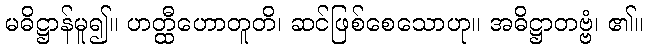
မဓိဋ္ဌာန်မူ၍။ ဟတ္ထီဟောတူတိ၊ ဆင်ဖြစ်စေသောဟု။ အဓိဋ္ဌာတဗ္ဗံ၊ ၏။